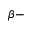
\beta -